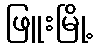
ဖြူးမြို့